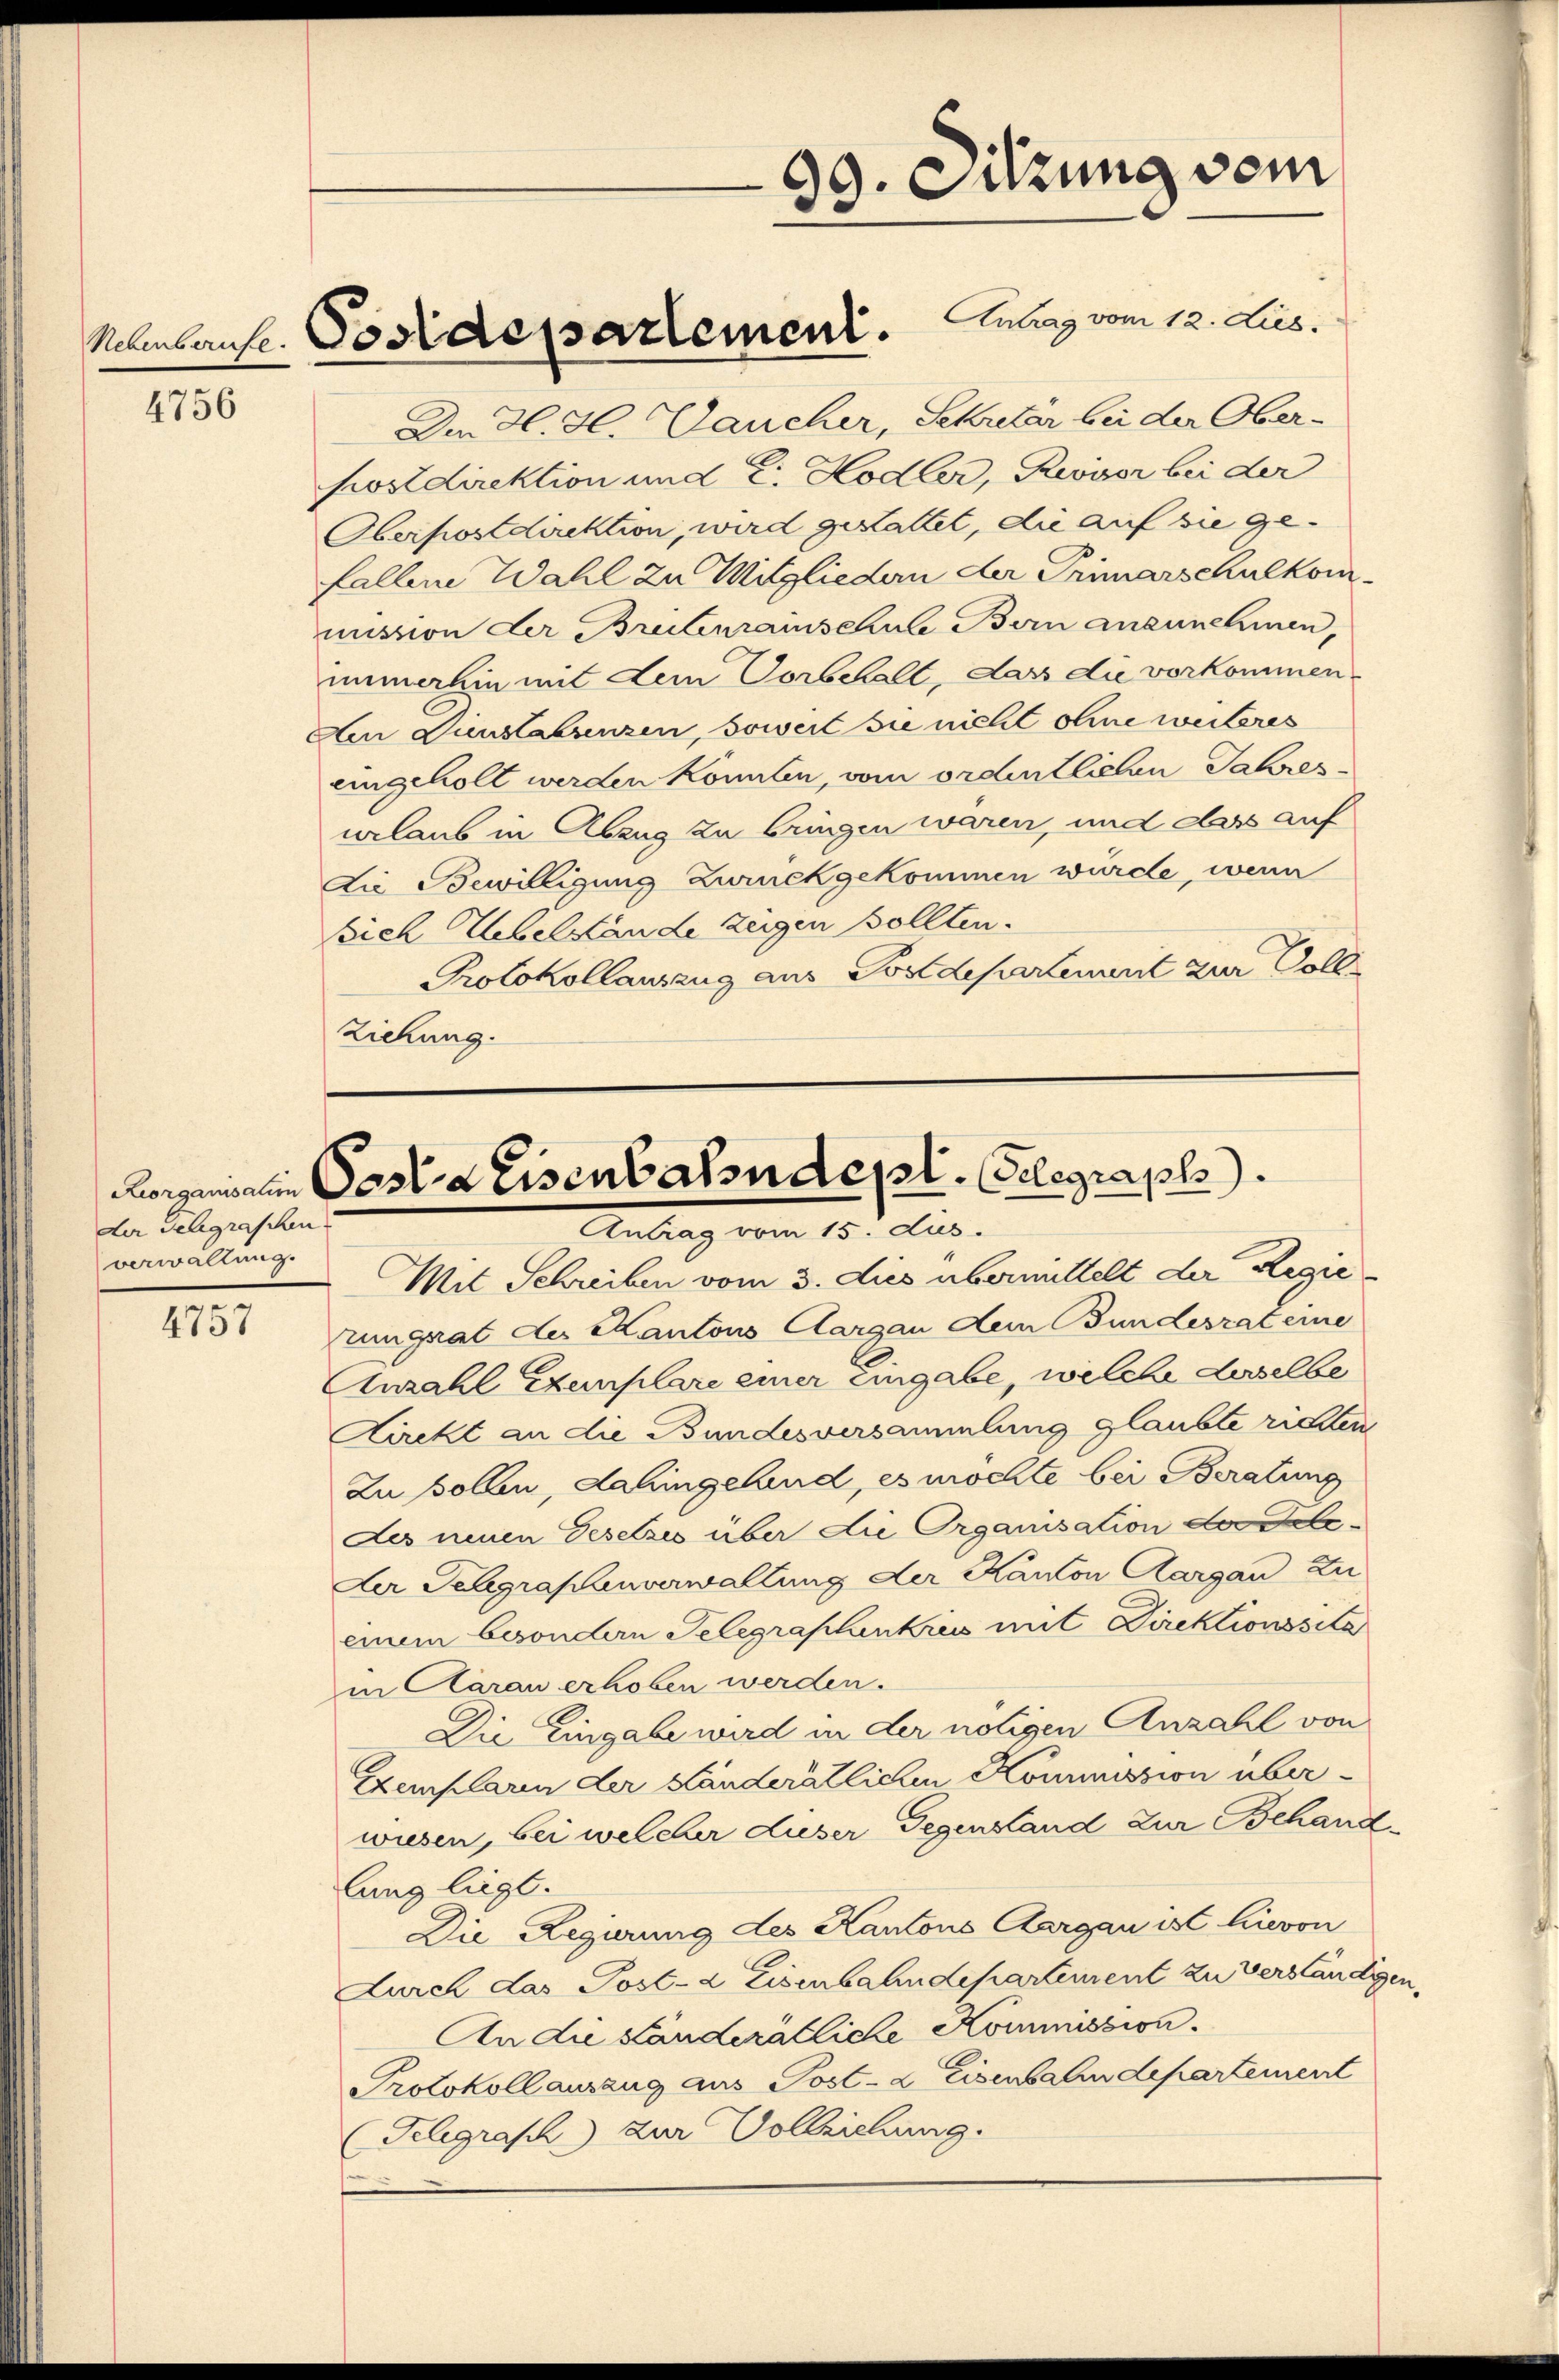
4756

der Telegraschen.
verwaltung.

e
4757

99. Sitzung vom

Antrag vom 12. Jus
Manbaus Postdepartement.

Der Gl. H. Laucher, Schretar bei der Ober¬
Postdirektion und E. Hodler, Revisor bei der
Oberpostdirektion, wird gestattet, die auf sie ge-
fallene Wahl zu Mitgliedern der Primarschulkommission der Breitenrainschule Bern anzunehmen,
immerhin mit dem Vorschall, dass die vorkommen
Aen Dinstabenzen, soweit sie nicht ohne weiteres
eingeholt werden könnten, vom ordentlichen Jahres-
urlaub in Abzug zu bringen waren, und dass auf
Lie Bewilligung zurückgekommen würde, wenn
sich Uebelstände zeigen sollten.
Protokollauszzug aus Postdepartement zur Voll
Ziehung.

Horgensalen Post Eisenbahndepl. Gelegraph
Antrag vom 15. ds.

Mit Schreiben vom 3. dies übermittelt der Regie-
rungrat des Kantons Aargau dem Bundesrat eine
Anzahl Exemplare einer eingabe, welche desselbe
Kirekt an die Bundesversammlung glaubte richten
Zu sollen, dahingeland, es möchte bei Beratung
Des neuen Gesetzes über die Organisation des Tele¬
Der Telegraphenverwaltung der Kanton Aargau zu
einem besondern Telegraplankreis mit Direktionssita
in Aarau erhoben werden.
Die Eingabe wird in der nötigen Anzahl von
Exemplaren der Länderätlichen Kommission überwiesen, bei welcher dieser Gegenstand zur Behandlung liegt.
Die Regierung des Kantons Aargau ist hievon
Lurch das Post- & Eisenbahndepartement zu verständigen,
An die ständerätliche Kommission.
Protokoll auszug aus Post- & Eisenbahndepartement
Telegrasch zur Vollziehung.